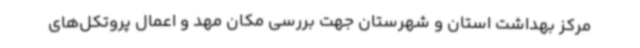
مرکز بهداشت استان و شهرستان جهت بررسی مکان مهد و اعمال پروتکل‌های